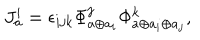
J _ { a } ^ { i } = \epsilon _ { i j k } \Phi _ { a \oplus a _ { i } } ^ { j } \Phi _ { a \oplus a _ { i } \oplus a _ { j } } ^ { k } ,